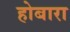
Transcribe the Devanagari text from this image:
होबारा